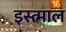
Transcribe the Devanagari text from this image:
इस्त्माल